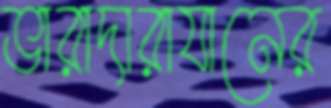
ভারাদারাযানের